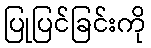
ပြုပြင်ခြင်းကို